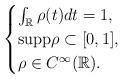
LaTeX: \begin{align*} \begin{cases} \int_\mathbb{R} \rho (t)dt=1, & \\ \rm{supp} \rho \subset [0,1], & \\ \rho \in C^\infty (\mathbb{R} ). \\ \end{cases}\end{align*}